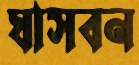
ঘাসবন